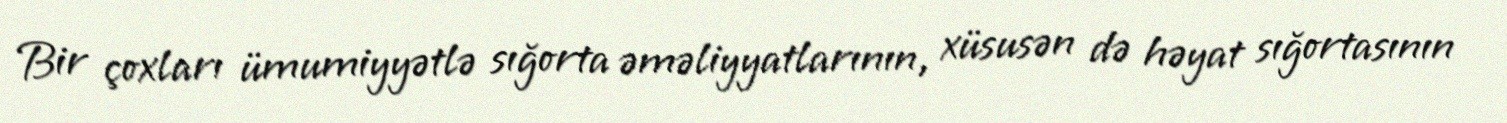
Bir çoxları ümumiyyətlə sığorta əməliyyatlarının, xüsusən də həyat sığortasının